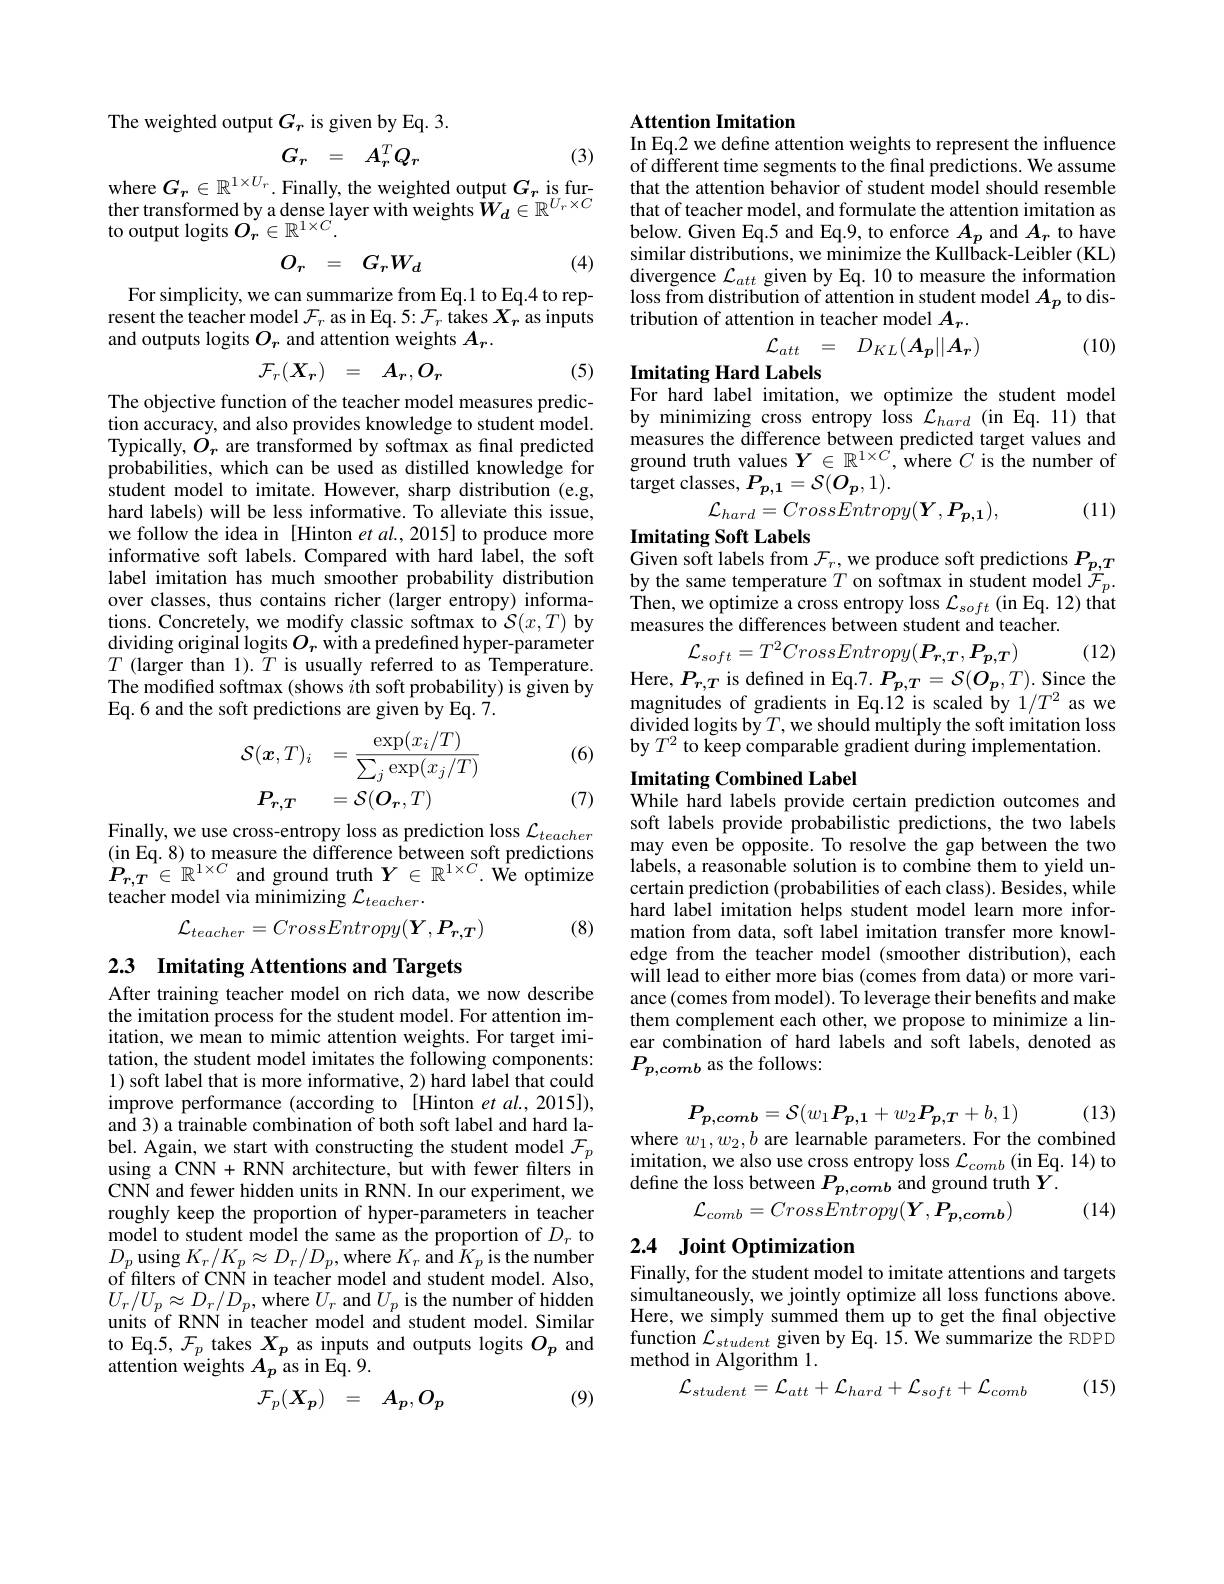
The weighted output $G_r$ is given by Eq. 3.
$$G_{r}\quad=\quad A_{r}^{T}Q_{r}$$
(3)

where $G_{\boldsymbol{r}}\in \mathbb{R} ^{1\times U_{r}}.$ Finally, the weighted output $G_{\boldsymbol{r}}$ is fur- that the attention behavior of student model should resemble ther transformed by a dense layer with weights$W_{\boldsymbol{d}}\in \mathbb{R} ^{U_{r}\times C}$ that of teacher model, and form
to output logits $O_r\in\mathbb{R}^{1\times C}.$
$$\begin{matrix}O_r&=&G_rW_d\end{matrix}$$
(4)

For simplicity, we can summarize from Eq.1 to Eq.4 to represent the teacher model $\mathcal{F}_r$ as in Eq. 5: $\mathcal{F}_r$ takes $X_r$ as inputs and outputs logits $O_r$ and attention weights $A_r.$
$$\begin{array}{rcl}\mathcal{F}_r(X_r)&=&A_r,O_r\end{array}$$
(5)

The objective function of the teacher model measures prediction accuracy, and also provides knowledge to student model. Typically, $O_r$ are transformed by softmax as final predicted probabilities, which can be used as distilled knowledge for student model to imitate. However, sharp distribution (e.g, hard labels) will be less informative. To alleviate this issue, we follow the idea in [Hinton et al.,2015] to produce more informative soft labels.Compared with hard label, the soft label imitation has much smoother probability distribution over classes, thus contains richer (larger entropy) informa- $\begin{array}{l}\mathrm{tions.~Concretely,~we~modify~classic~softmax~to~}\mathcal{S}(x,T)~\mathrm{by}\\\mathrm{dividing~original~logits~}O_{r}~\mathrm{with~a~predefined~hyper-parameter}\end{array}$ $T$ (larger than 1).$\tilde{T}$ is usually referred to as Temperature. The modified softmax (shows $i$th soft probability) is given by Eq.6 and the soft predictions are given by Eq. 7.

(6)
$$\begin{aligned}\mathcal{S}(\boldsymbol{x},T)_{i}&=\frac{\exp(x_{i}/T)}{\sum_{j}\exp(x_{j}/T)}\\P_{r,T}&=\mathcal{S}(\boldsymbol{O}_{r},T)\end{aligned}$$
(7)

Finally, we use cross-entropy loss as prediction loss $\mathcal{L}_teacher$ (in Eq. 8) to measure the difference between soft predictions $P_{r,T}\in\mathbb{R}^{1\times C}$ and ground truth $Y\in\mathbb{R}^{1\times C}.$ We optimize teacher model via minimizing $\mathcal{L}_teacher.$
$$\mathcal{L}_{teacher}=CrossEntropy(\boldsymbol{Y},\boldsymbol{P}_{\boldsymbol{r},\boldsymbol{T}})$$
(8)

2.3 Imitating Attentions and Targets

After training teacher model on rich data, we now describe the imitation process for the student model. For attention imitation, we mean to mimic attention weights. For target imitation, the student model imitates the following components: 1) soft label that is more informative, 2) hard label that could improve performance (according to [Hinton et al., 2015]), and 3) a trainable combination of both soft label and hard la- $\begin{array}{l}{\mathrm{bel.~Again,~we~start~with~constructing~the~student~model~}\mathcal{F}_{p}}\\{\mathrm{using~a~CNN+~RNN~architecture,~but~with~fewer~filters~in}}\end{array}$ CNN and fewer hidden units in RNN. In our experiment, we roughly keep the proportion of hyper-parameters in teacher model to student model the same as the proportion of $D_{r}$ to $D_{p}$using $K_r/K_{p}\approx D_{r}/D_{p}$,where $K_{r}$ and $\hat{K}_{p}$ is the number of filters of CNN in teacher model and student model. Also, $U_{r}/U_{p}\approx D_{r}/D_{p}$,where $U_{r}$ and $U_{p}$ is the number of hidden units of RNN in teacher model and student model. Similar to Eq.5, $\mathcal{F}_p$ takes $X_p$ as inputs and outputs logits $O_p$ and attention weights $A_p$ as in Eq. 9.

(9)
$$\begin{array}{rcl}\mathcal{F}_p(X_p)&=&A_p,O_p\end{array}$$
## Attention Imitation
In Eq.2 we define attention weights to represent the influence

$\hat{\text{of different time segments to the final predictions. We assume}}$ below. Given Eq.5 and Eq.9, to enforce $A_p$ and $A_r$ to have similar distributions, we minimize the Kullback-Leibler (KL) $\begin{array}{l}{\mathrm{divergence~}\mathcal{L}_{att}\text{ given by Eq. 10 to measure the information}}\\{\mathrm{loss~from~distribution~of~attention~in~student~model~}A_p\text{ to dis-}}\end{array}$ tribution of attention
$$\begin{aligned}&\mathrm{luon~in~teacner~model~}A_{r}.\\&\mathcal{L}_{att}\quad=\quad D_{KL}(A_{p}||A_{r})\\&\mathbf{Labels}\end{aligned}$$
(10)

Imitating Hard Labels

For hard label imitation, we optimize the student model

by minimizing cross entropy loss $\mathcal{L}_{hard}$ (in Eq. 11) that measures the difference between predicted target values and ground truth values $Y\in\mathbb{R}^{1\times C}$, where $C$ is the number of ${\mathrm{target~classes,~}P_{p,1}}={\mathcal{S}}(O_{p},1).$
(11)
$$\mathcal{L}_{hard}=CrossEntropy(\boldsymbol{Y},\boldsymbol{P_{p,1}}),$$
Imitating Soft Labels

Given soft labels from $\mathcal{F}_r$,we produce soft predictions $P_{p,T}$

by the same temperature $T$ on softmax in student model $\hat{\mathcal{F}}_p.$ $\begin{array}{l}{\mathrm{Then,we~optimize~a~cross~entropy~loss~}\mathcal{L}_{soft}(\mathrm{in~Eq.~12)~that}}\\{\mathrm{measures~the~differences~between~student~and~teacher.}}\end{array}$

(12)

$\mathcal{L}_{soft}=T^{2}CrossEntropy(\boldsymbol{P}_{r,T},\boldsymbol{P}_{p,T})$
Here, $P_{r,T}$ is defined in Eq.7. $P_p,T=\mathcal{S}(O_p,T).$ Since the magnitudes of gradients in Eq.12 is scaled by $1/T^2$ as we divided logits by $T$,we should multiply the soft imitation loss by $T^{2}$ to keep comparable gradient during implementation.

## Imitating Combined Label While hard labels provide certain prediction outcomes and

soft labels provide probabilistic predictions, the two labels may even be opposite. To resolve the gap between the two labels, a reasonable solution is to combine them to yield uncertain prediction (probabilities of each class). Besides, while hard label imitation helps student model learn more information from data, soft label imitation transfer more knowledge from the teacher model (smoother distribution), each will lead to either more bias (comes from data) or more variance (comes from model). To leverage their benefits and make them complement each other, we propose to minimize a linear combination of hard labels and soft labels, denoted as $P_{p,comb}$ as the follows:

(13)
$$P_{p,comb}=\mathcal{S}(w_{1}\boldsymbol{P}_{\boldsymbol{p},\boldsymbol{1}}+w_{2}\boldsymbol{P}_{\boldsymbol{p},\boldsymbol{T}}+b,1)$$
$\begin{array}{l}\mathrm{where~}w_{1},w_{2},b\text{ are learnable parameters. For the combined}\\\mathrm{imitation,~we~also~use~cross~entropy~loss~}\mathcal{L}_{comb}(\mathrm{in~Eq.~14)~to}\end{array}$

define the loss between $P_{p,comb}$ and ground truth $Y.$
(14)
$$\mathcal{L}_{comb}=CrossEntropy(\boldsymbol{Y},\boldsymbol{P_{p,comb}})$$
## 2.4 Joint Optimization
Finally, for the student model to imitate attentions and targets

simultaneously, we jointly optimize all loss functions above. Here, we simply summed them up to get the final objective function $\mathcal{L}_student$ given by Eq. 15. We summarize the RDPD method in Algorithm 1.
$$\mathcal{L}_{student}=\mathcal{L}_{att}+\mathcal{L}_{hard}+\mathcal{L}_{soft}+\mathcal{L}_{comb}$$
(15)